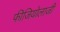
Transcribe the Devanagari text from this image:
फीजियोलाजी